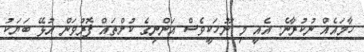
ހާމައެއް ނުކުރާނެ. އެއީ މި ނޫހަކީވެސް އަންނިގެ ކުށްތައް ފޮރުވަން އުޅޭ ބަޔަކު